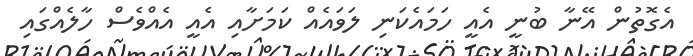
އެގޮތުން އޭނާ ބުނީ އެއީ ހަމައެކަނި ލަވައެއް ކަމަށާއި އެއީ އެއްވެސް ހާލެއްގައި